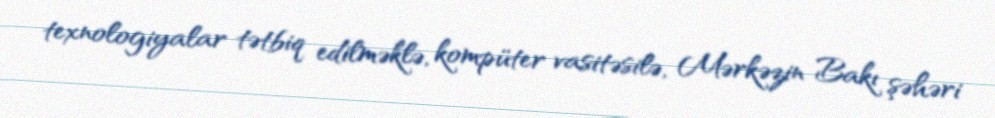
texnologiyalar tətbiq edilməklə, kompüter vasitəsilə, Mərkəzin Bakı şəhəri